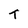
Character: t